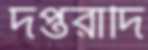
দপ্তরাদি